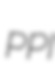
PPI